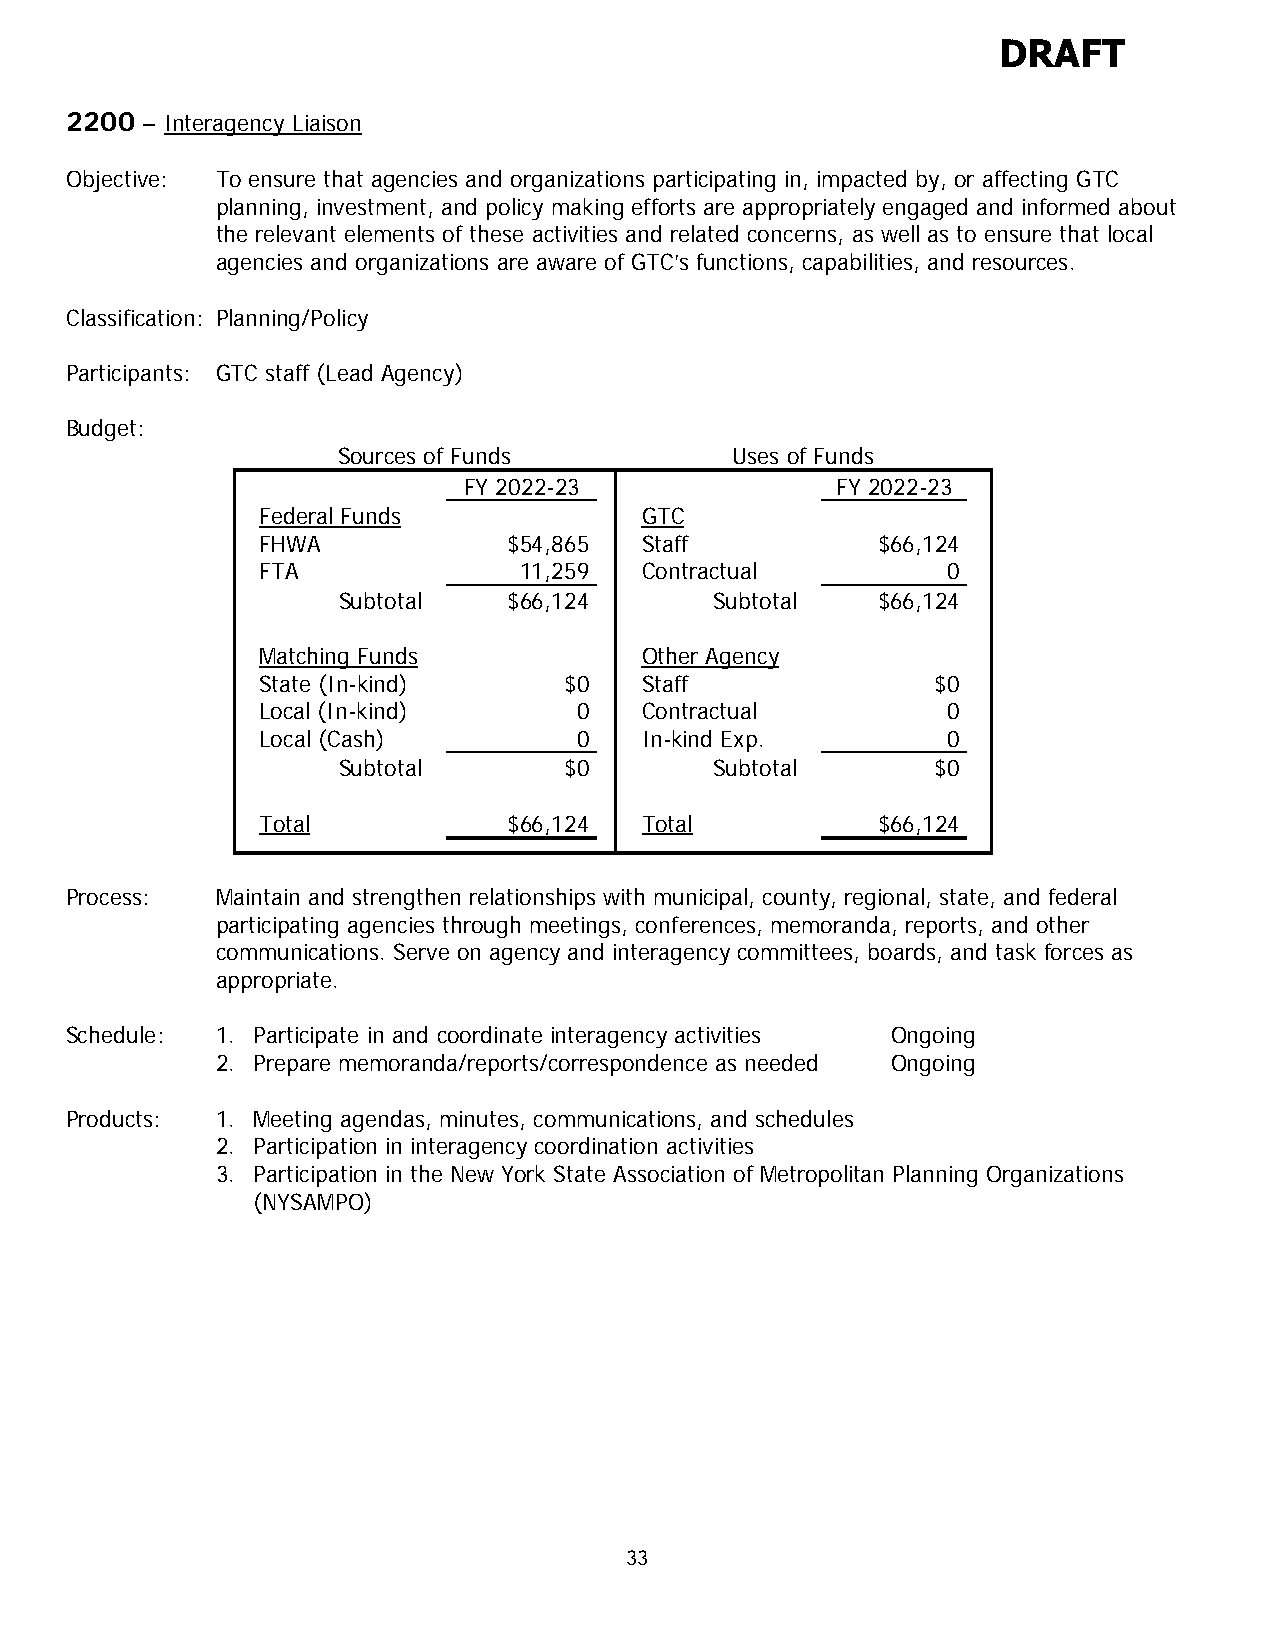
DRAFT
 2200 – Interagency Liaison
 Objective: To ensure that agencies and organizations participating in, impacted by, or affecting GTC
 planning, investment, and policy making efforts are appropriately engaged and informed about
 the relevant elements of these activities and related concerns, as well as to ensure that local
 agencies and organizations are aware of GTC’s functions, capabilities, and resources.
 Classification: Planning/Policy
 Participants: GTC staff (Lead Agency)
 Budget:
 Sources of Funds          Uses of Funds
 FY 2022-23              FY 2022-23
 Federal Funds            GTC
 FHWA             $54,865 Staff           $66,124
 FTA              11,259  Contractual          0
 Subtotal    $66,124      Subtotal   $66,124
 Matching Funds           Other Agency
 State (In-kind)     $0   Staff               $0
 Local (In-kind)      0   Contractual          0
 Local (Cash)         0   In-kind Exp.         0
 Subtotal       $0        Subtotal       $0
 Total            $66,124 Total           $66,124
 Process:  Maintain and strengthen relationships with municipal, county, regional, state, and federal
 participating agencies through meetings, conferences, memoranda, reports, and other
 communications. Serve on agency and interagency committees, boards, and task forces as
 appropriate.
 Schedule: 1. Participate in and coordinate interagency activities Ongoing
 2. Prepare memoranda/reports/correspondence as needed Ongoing
 Products: 1. Meeting agendas, minutes, communications, and schedules
 2. Participation in interagency coordination activities
 3. Participation in the New York State Association of Metropolitan Planning Organizations
 (NYSAMPO)
 33